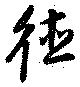
徳